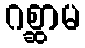
ဂစ္ဆာမ